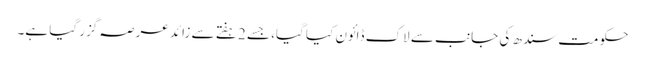
حکومت سندھ کی جانب سے لاک ڈائون کیا گیا، جسے 2ہفتے سے زائد عرصہ گزر گیا ہے۔